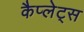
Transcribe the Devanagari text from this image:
कैप्लेट्स